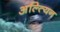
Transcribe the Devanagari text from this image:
अल्त्यिन